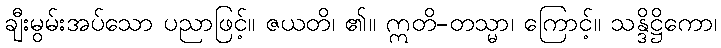
ချီးမွမ်းအပ်သော ပညာဖြင့်။ ဇယတိ၊ ၏။ ဣတိ-တသ္မာ၊ ကြောင့်။ သန္ဒိဋ္ဌိကော၊